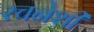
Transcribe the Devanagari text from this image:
रचनेशी